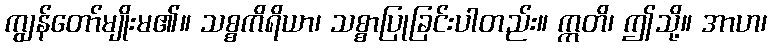
ကျွန်တော်မျိုးမ၏။ သစ္စကိရိယာ၊ သစ္စာပြုခြင်းပါတည်း။ ဣတိ၊ ဤသို့။ အာဟ၊